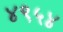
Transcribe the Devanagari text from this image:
४९५४